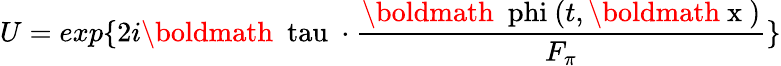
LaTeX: U=exp{\{ 2i\mathrm{\boldmath~{\ tau}~}\cdot\frac{\mathrm{\boldmath~\ phi~}(t,\mathrm{\boldmath~x~})}{F_{\pi}}\} }